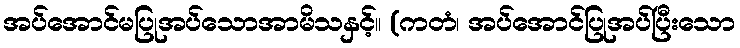
အပ်အောင်မပြုအပ်သောအာမိသနှင့်။ (ကတံ၊ အပ်အောင်ပြုအပ်ပြီးသော